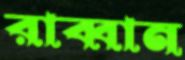
রাব্বান